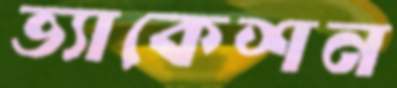
ভ্যাকেশন